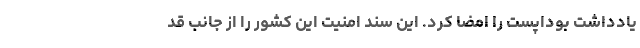
یادداشت بوداپست را امضا کرد. این سند امنیت این کشور را از جانب قد